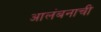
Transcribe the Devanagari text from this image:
आलंबनाची